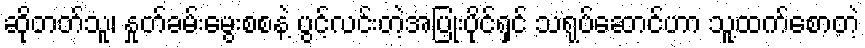
ဆိုတတ်သူ၊ နှုတ်ခမ်းမွေးစစနဲ့ ပွင့်လင်းတဲ့အပြုံးပိုင်ရှင် သရုပ်ဆောင်ဟာ သူ့ထက်စောတဲ့